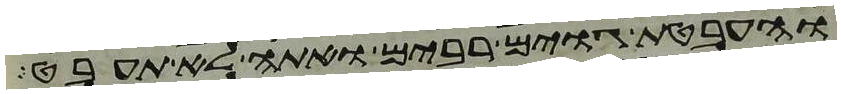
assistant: והעבטת גוים רבים ואתה לא תעבט